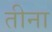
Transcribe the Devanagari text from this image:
तीना